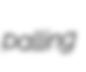
palling